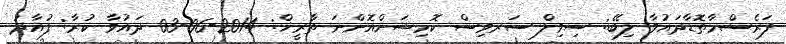
ފަރެސްމާތޮޑާދައުވާ ލިބޭ: ސިވިލް ސަރވިސް ކޮމިޝަންއޮންނަ ތާރީޚް: 2014-06-03 ދައުވާ ކުރާ: ފުއާދު